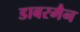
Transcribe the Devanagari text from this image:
डाबरमैन